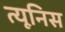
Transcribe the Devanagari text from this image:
त्यूनिस